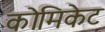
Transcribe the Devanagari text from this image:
कोमिकेट